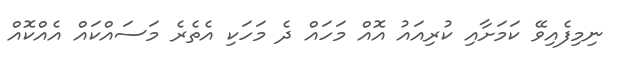
ނިމިފެއިވޭ ކަމަށާއި ކުރިއައު އޮއް މަހައް ދެ މަހަކި އެތެރެ މަސައްކައް އެއްކޮއް